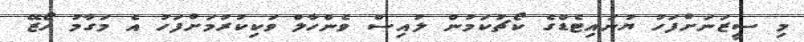
މި ސީޒަނަށްފަހު ޔުނައިޓެޑްގެ ކޯޗުކަމުން ލުއިސް ވެންހާލް ވަކިކުރުމަށްފަހު އެ މަގާމު ހޯޒޭ